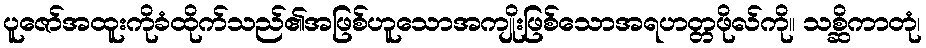
ပူဇော်အထူးကိုခံထိုက်သည်၏အဖြစ်ဟူသောအကျိုးဖြစ်သောအရဟတ္တဖိုလ်ကို။ သစ္ဆိကာတုံ၊